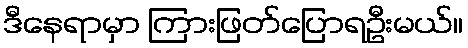
ဒီနေရာမှာ ကြားဖြတ်ပြောရဦးမယ်။